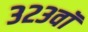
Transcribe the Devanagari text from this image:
३२३वॉ